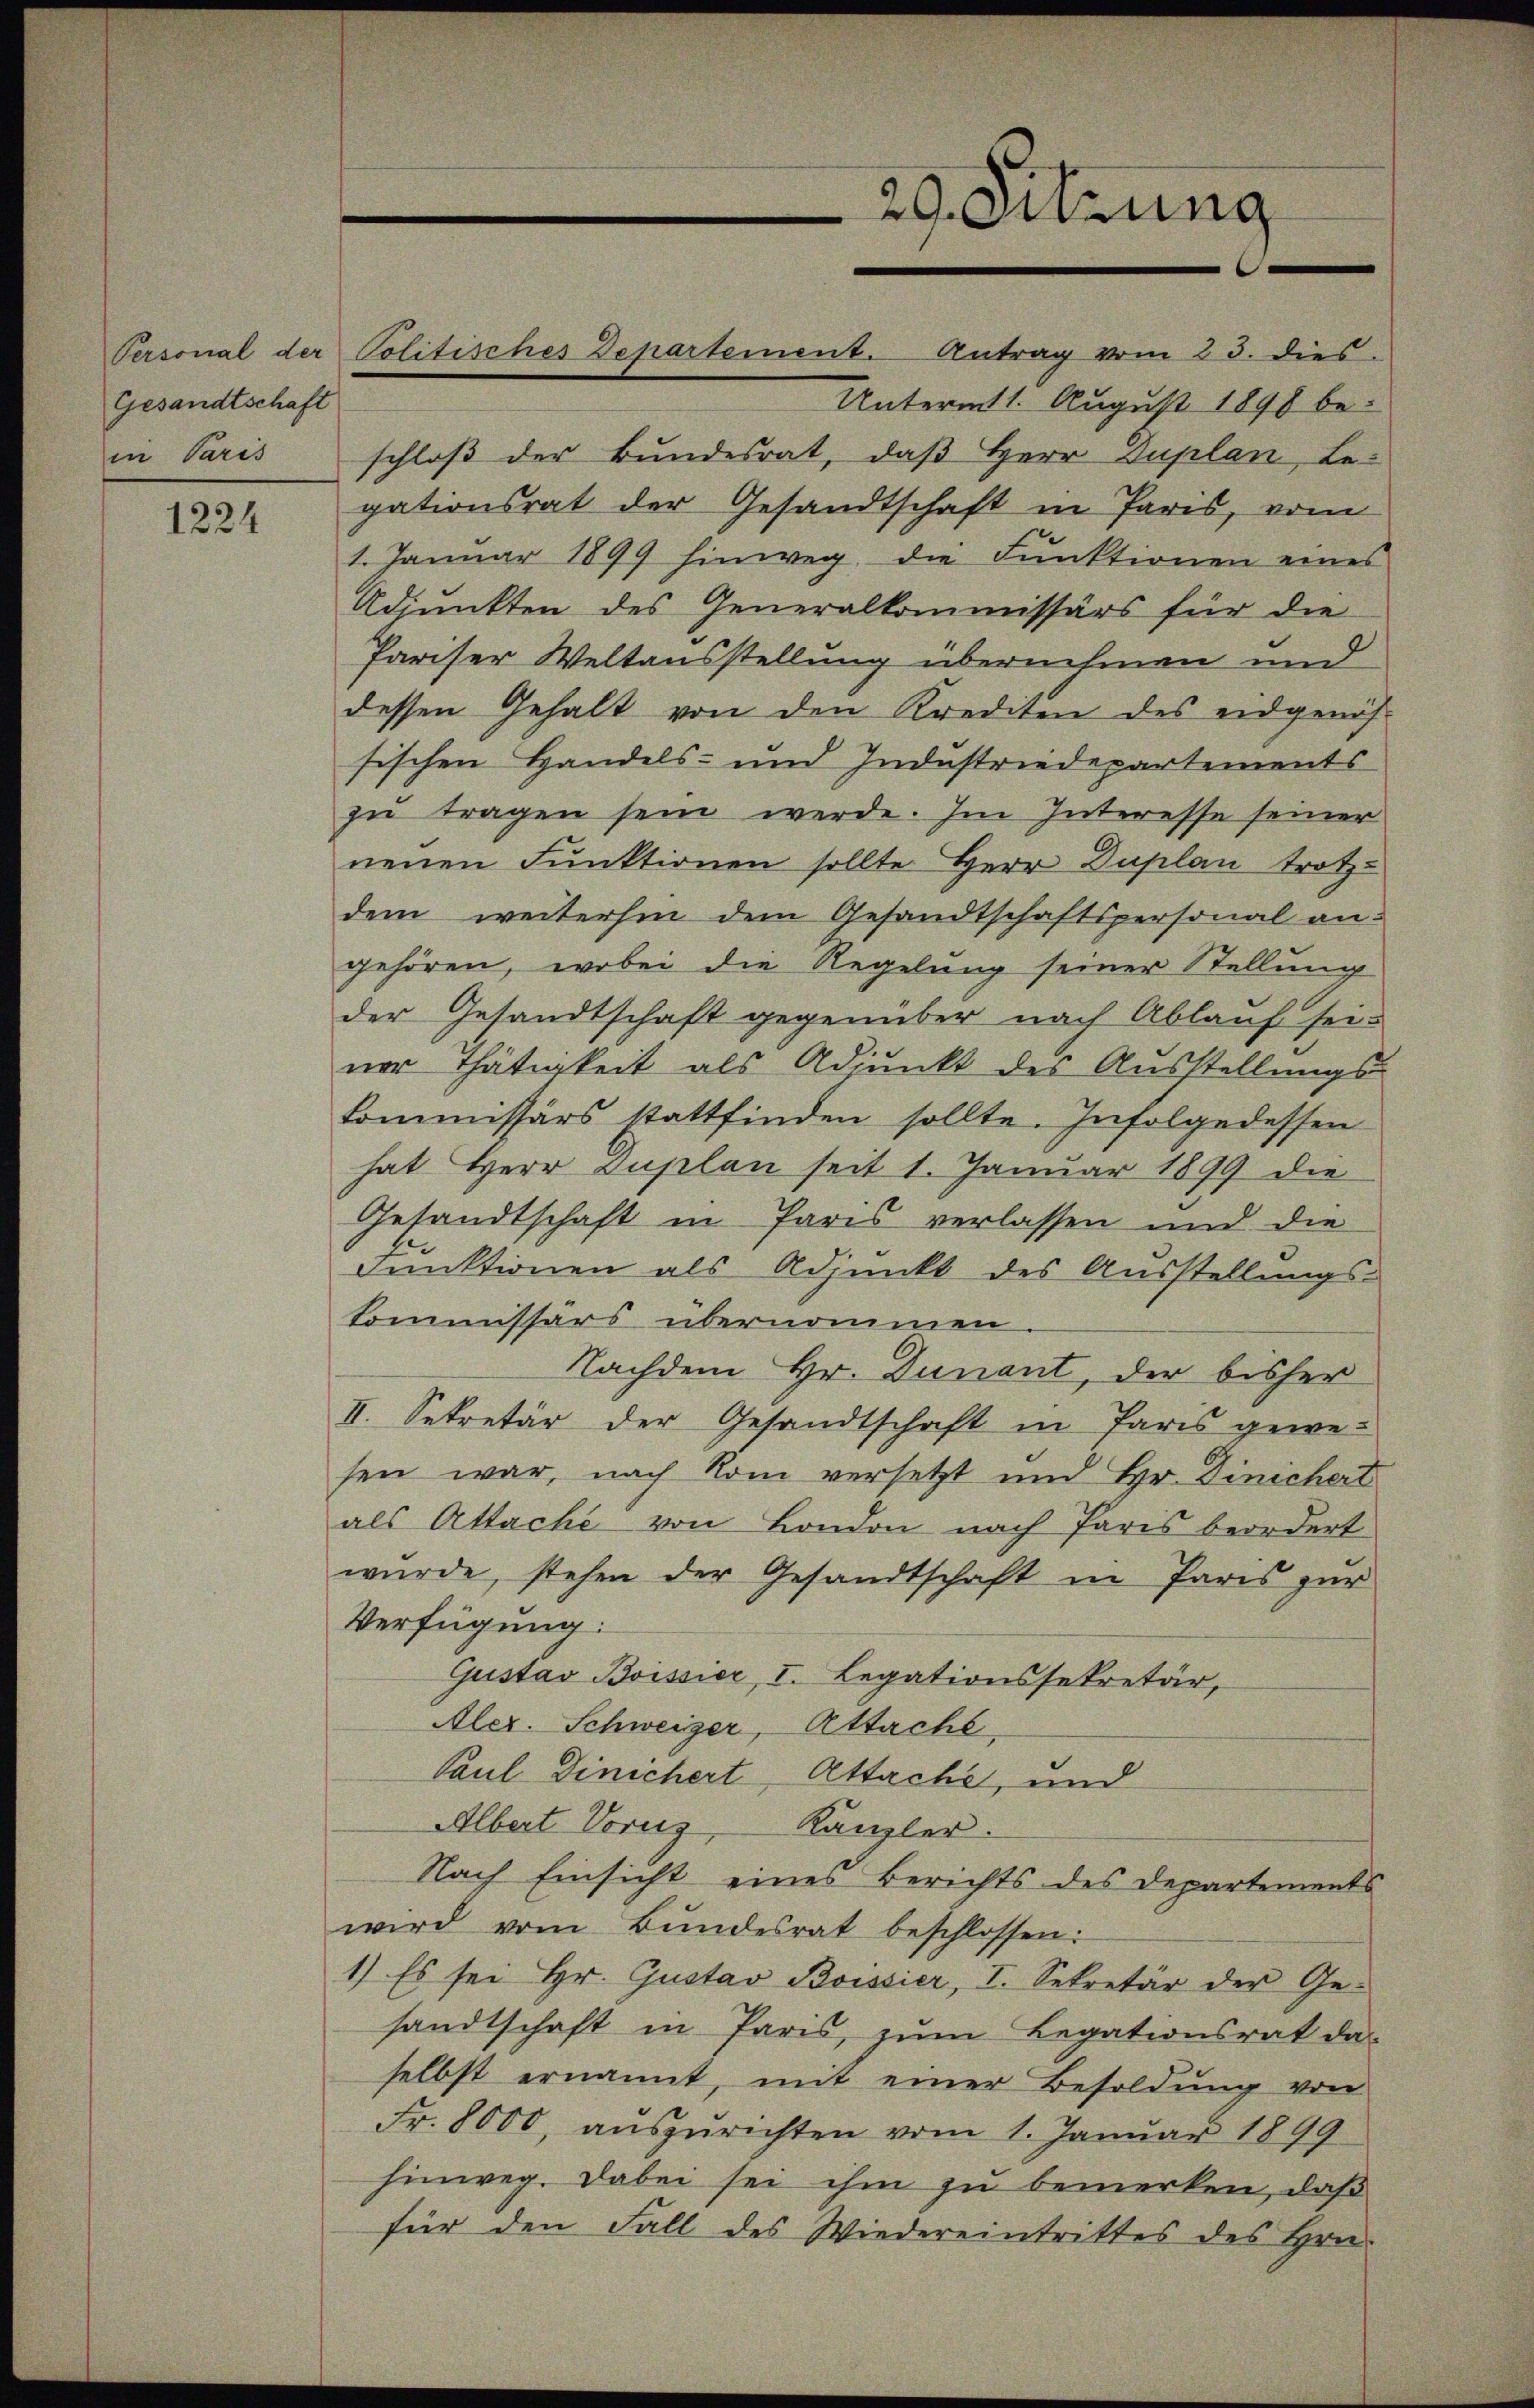
Gesandtschaft
in Paris

1224

schloß der Bundesrat, daß Herr Duplan, Legationsrat der Gesandtschaft in Paris, vom
1. Januar 1899 hinweg, die Funktionen eines
Adjunkten des Generalkommissärs für die
Pariser Weltausstellung übernehmen und
dessen Gehalt von den Krediten des eidgenös-
sischen Handels- und Industriedepartements
zu tragen sein werde. Im Interesse seiner
neuen Funktionen sollte Herr Duplan trotz-
dem weiterhin dem Gesandtschaftspersonal angehören, wobei die Regelung seiner Stellung
der Gesandtschaft gegenüber nach Ablauf sei-
ner Thätigkeit als Adjunkt des Ausstellungs-
Commissärs stattfinden sollte. Infolgedessen
hat Herr Duplan seit 1. Januar 1899 die
Gesandtschaft in Paris verlassen und die
Funktionen als Adjunkt des Ausstellungs-
Commissärs übernommen
Nachdem Hr. Dunant, der bisher
II. Sekretär der Gesandtschaft in Paris gewe-
sen war, nach Rom versetzt und Hr. Dinichert
als Attache von London nach Paris beordert
wurde, stehen der Gesandtschaft in Paris zur
Verfügung:
Gustav Boissier, I. Legationssekretär,
Aler. Schweizer, Attaché
Paul Dinichert Attache, und
Albert Voruz, Kanzler.
Nach Einsicht eines Berichts des Departements
wird vom Bŭndesrat beschlossen:
1) Es sei Hr. Gustav Boissier, I. Sekretär der Gesandtschaft in Paris, zum Legationsrat daselbst ernannt, mit einer Besoldung von
Fr. 8000, auszurichten vom 1. Januar 1899
hinweg. Dabei sei ihm zu bemerken, daß
für den Fall des Wiedereintrittes des Hrn.

Personal der Politisches Departement. Antrag vom 23. dies

20. Sitzung

Unterm 1. August 1898 be-